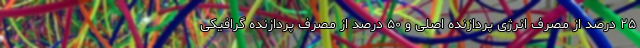
۲۵ درصد از مصرف انرژی پردازنده اصلی و ۵۰ درصد از مصرف پردازنده گرافیکی